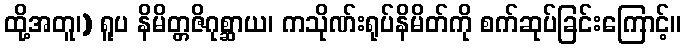
ထို့အတူ၊) ရူပ နိမိတ္တဇိဂုစ္ဆာယ၊ ကသိုဏ်းရုပ်နိမိတ်ကို စက်ဆုပ်ခြင်းကြောင့်။